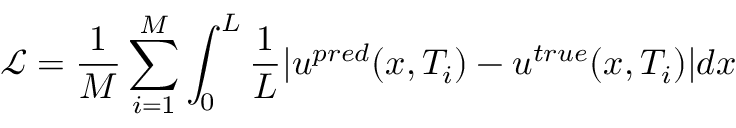
\mathcal { L } = \frac { 1 } { M } \sum _ { i = 1 } ^ { M } \int _ { 0 } ^ { L } \frac { 1 } { L } | u ^ { p r e d } ( x , T _ { i } ) - u ^ { t r u e } ( x , T _ { i } ) | d x